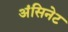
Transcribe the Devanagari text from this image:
अंसिनेट